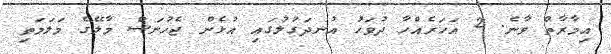
އިމާރާތް ވާނެ. 2 އަހަރެއްހާ ދުވަހު އުނދަގުލުގައި އުޅެން ޖެހުނަސް މާލޭގެ މަލަމަތި